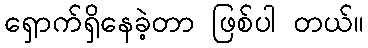
ရှောက်ရှိနေခဲ့တာ ဖြစ်ပါ တယ်။